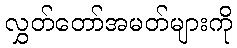
လွှတ်တော်အမတ်များကို